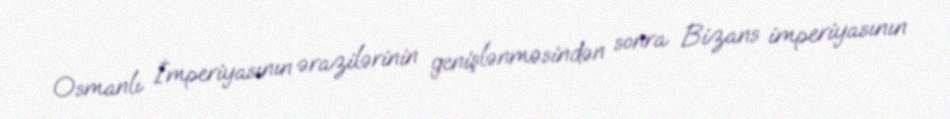
Osmanlı İmperiyasının ərazilərinin genişlənməsindən sonra Bizans imperiyasının